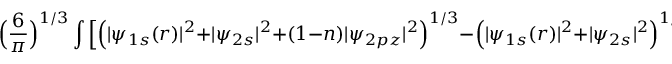
\Big ( \frac { 6 } { \pi } \Big ) ^ { 1 / 3 } \int \Big [ \Big ( | \psi _ { 1 s } ( r ) | ^ { 2 } + | \psi _ { 2 s } | ^ { 2 } + ( 1 - n ) | \psi _ { 2 p z } | ^ { 2 } \Big ) ^ { 1 / 3 } - \Big ( | \psi _ { 1 s } ( r ) | ^ { 2 } + | \psi _ { 2 s } | ^ { 2 } \Big ) ^ { 1 / 3 } \Big ] | \psi _ { 2 p z } | ^ { 2 } d ^ { 3 } r ,